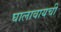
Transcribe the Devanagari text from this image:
घालावायची